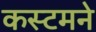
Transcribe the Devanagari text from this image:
कस्टमने